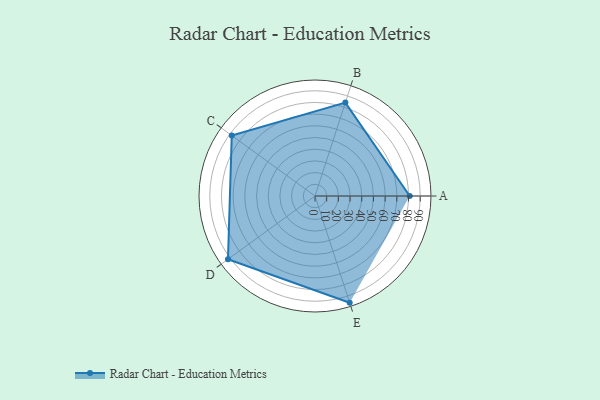
{"axis": {"x": "Skill", "y": "Score"}, "legend": ["Profile"], "data": [{"x": "A", "y": 81.0, "type": "Profile"}, {"x": "B", "y": 84.0, "type": "Profile"}, {"x": "C", "y": 88.0, "type": "Profile"}, {"x": "D", "y": 92.0, "type": "Profile"}, {"x": "E", "y": 96.0, "type": "Profile"}]}